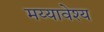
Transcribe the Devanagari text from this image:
मय्यावेश्य